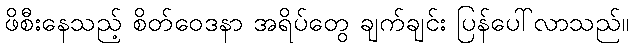
ဖိစီးနေသည့် စိတ်ဝေဒနာ အရိပ်တွေ ချက်ချင်း ပြန်ပေါ်လာသည်။